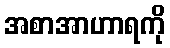
အစာအာဟာရကို